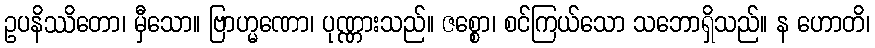
ဥပနိဿိတော၊ မှီသော။ ဗြာဟ္မဏော၊ ပုဏ္ဏားသည်။ ဇစ္စော၊ စင်ကြယ်သော သဘောရှိသည်။ န ဟောတိ၊